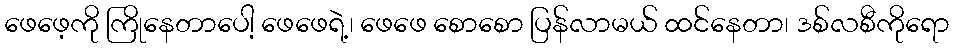
ဖေဖေ့ကို ကြိုနေတာပေါ့ ဖေဖေရဲ့၊ ဖေဖေ စောစော ပြန်လာမယ် ထင်နေတာ၊ ဒစ်လစီကိုရော